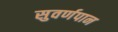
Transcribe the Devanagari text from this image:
सुवर्णपान